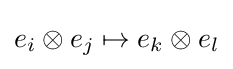
e_{i}\otimes e_{j}\mapsto e_{k}\otimes e_{l}